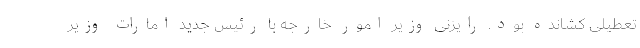
تعطیلی کشانده بود. رایزنی‌ وزیر امور خارجه با رئیس جدید امارات وزیر